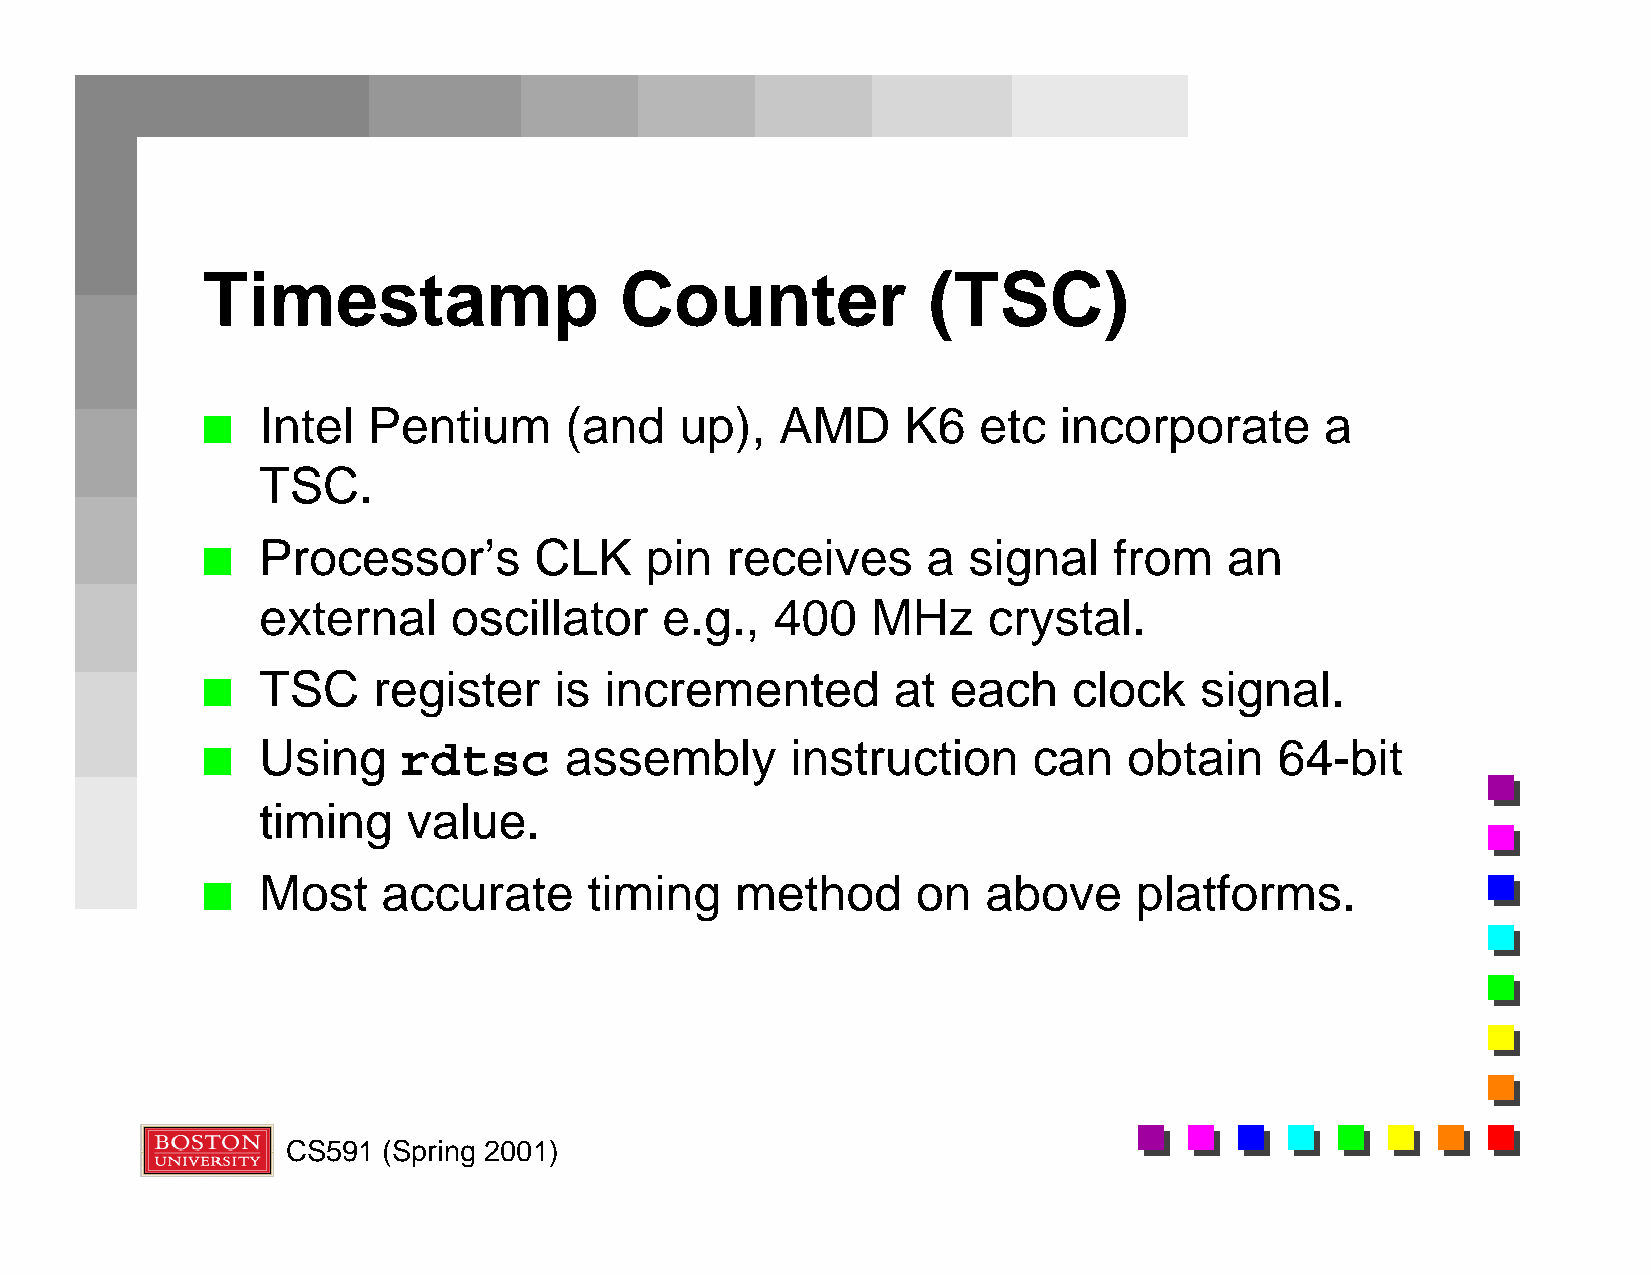
Timestamp                   Counter             (TSC)
 Intel  Pentium      (and    up),   AMD     K6   etc  incorporate       a
 n
 TSC.
 Processor’s       CLK     pin  receives     a  signal    from   an
 n
 external     oscillator    e.g.,  400    MHz    crystal.
 TSC     register    is incremented        at  each    clock   signal.
 n
 Using     rdtsc     assembly       instruction     can    obtain    64-bit
 n
 timing    value.
 Most    accurate      timing    method      on  above     platforms.
 n
 CS591 (Spring 2001)